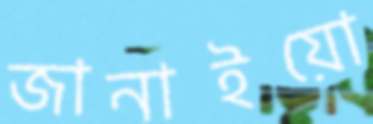
জানাইয়ো